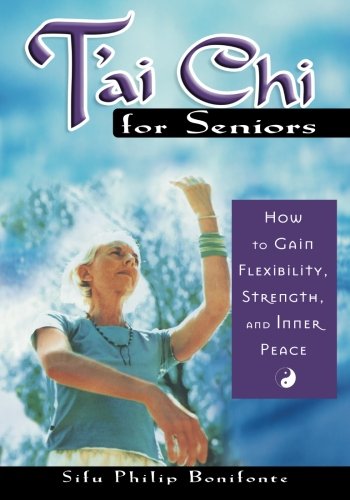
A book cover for T'Ai Chi for Seniors: How to Gain Flexibility, Strength, and Inner Peace; Philip Bonifonte; Health, Fitness & Dieting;